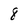
Character: 8